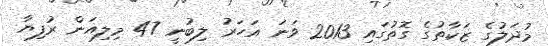
މުދަލުގެ ޒަކާތުގެ ގޮތުގައި 2013 ވަނަ އަހަރު ލިބުނީ 47 މިލިއަން ރުފިޔާ